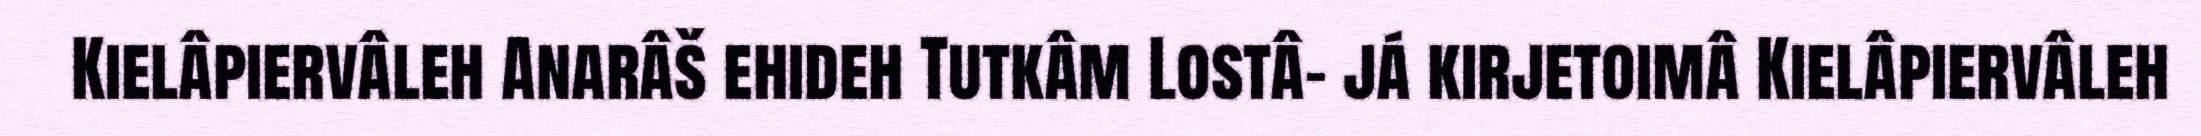
Kielâpiervâleh Anarâš ehideh Tutkâm Lostâ- já kirjetoimâ Kielâpiervâleh